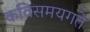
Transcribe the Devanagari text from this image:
कविसमयगते